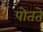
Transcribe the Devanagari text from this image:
पोतते